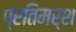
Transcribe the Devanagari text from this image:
प्रतिमर्श